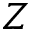
Z